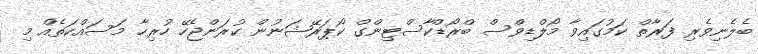
ބެލެނިވެރި ފަރާތް ކަމުގައިވާ މޯލްޑިވްސް ބްރޯޑްކާސްޓިންގް ކޯޕަރޭޝަނުން ކުރަންޖެހޭ ހުރިހާ މަސައްކަތެއް މި